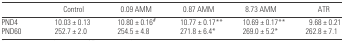
<table><thead><tr><td></td><td><b>Control</b></td><td><b>0.09 AMM</b></td><td><b>0.87 AMM</b></td><td><b>8.73 AMM</b></td><td><b>ATR</b></td></tr></thead><tbody><tr><td>PND4</td><td>10.03 ± 0.13</td><td>10.80 ± 0.16#</td><td>10.77 ± 0.17**</td><td>10.69 ± 0.17**</td><td>9.68 ± 0.21</td></tr><tr><td>PND60</td><td>252.7 ± 2.0</td><td>254.5 ± 4.8</td><td>271.8 ± 6.4*</td><td>269.0 ± 5.2*</td><td>262.8 ± 7.1</td></tr></tbody></table>